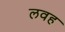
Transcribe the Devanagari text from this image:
लवह